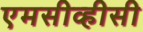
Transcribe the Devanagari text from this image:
एमसीव्हीसी